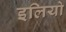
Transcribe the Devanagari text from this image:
इलियो